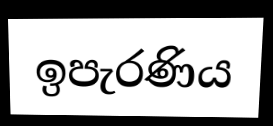
ඉපැරණිය